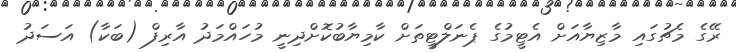
ރޭގެ މެޗުގައި މާޒިޔާއަށް އެޓީމުގެ ޕެނަލްޓީތަށް ކާމިޔާބުކޮށްދިނީ މުހައްމަދު އާރިފް (ބަކާ) އަސަދު